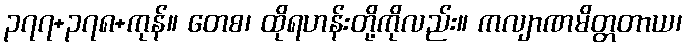
၃၇၇+၃၇၈+ကုန်။ တေစ၊ ထိုရဟန်းတို့ကိုလည်း။ ကလျာဏမိတ္တတာယ၊